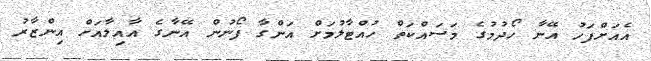
އެއަށްފަހު އޭނާ ހޯދުމުގެ މަސައްކަތް ހުއްޓާލުމަށް އަންގާ ފޯނުން އޭނާގެ އާއިލާއަށް އިންޒާރު